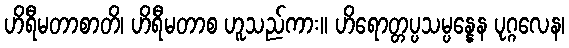
ဟိရီမတာစာတိ၊ ဟိရီမတာစ ဟူသည်ကား။ ဟိရောတ္တပ္ပသမ္ပန္နေန ပုဂ္ဂလေန၊